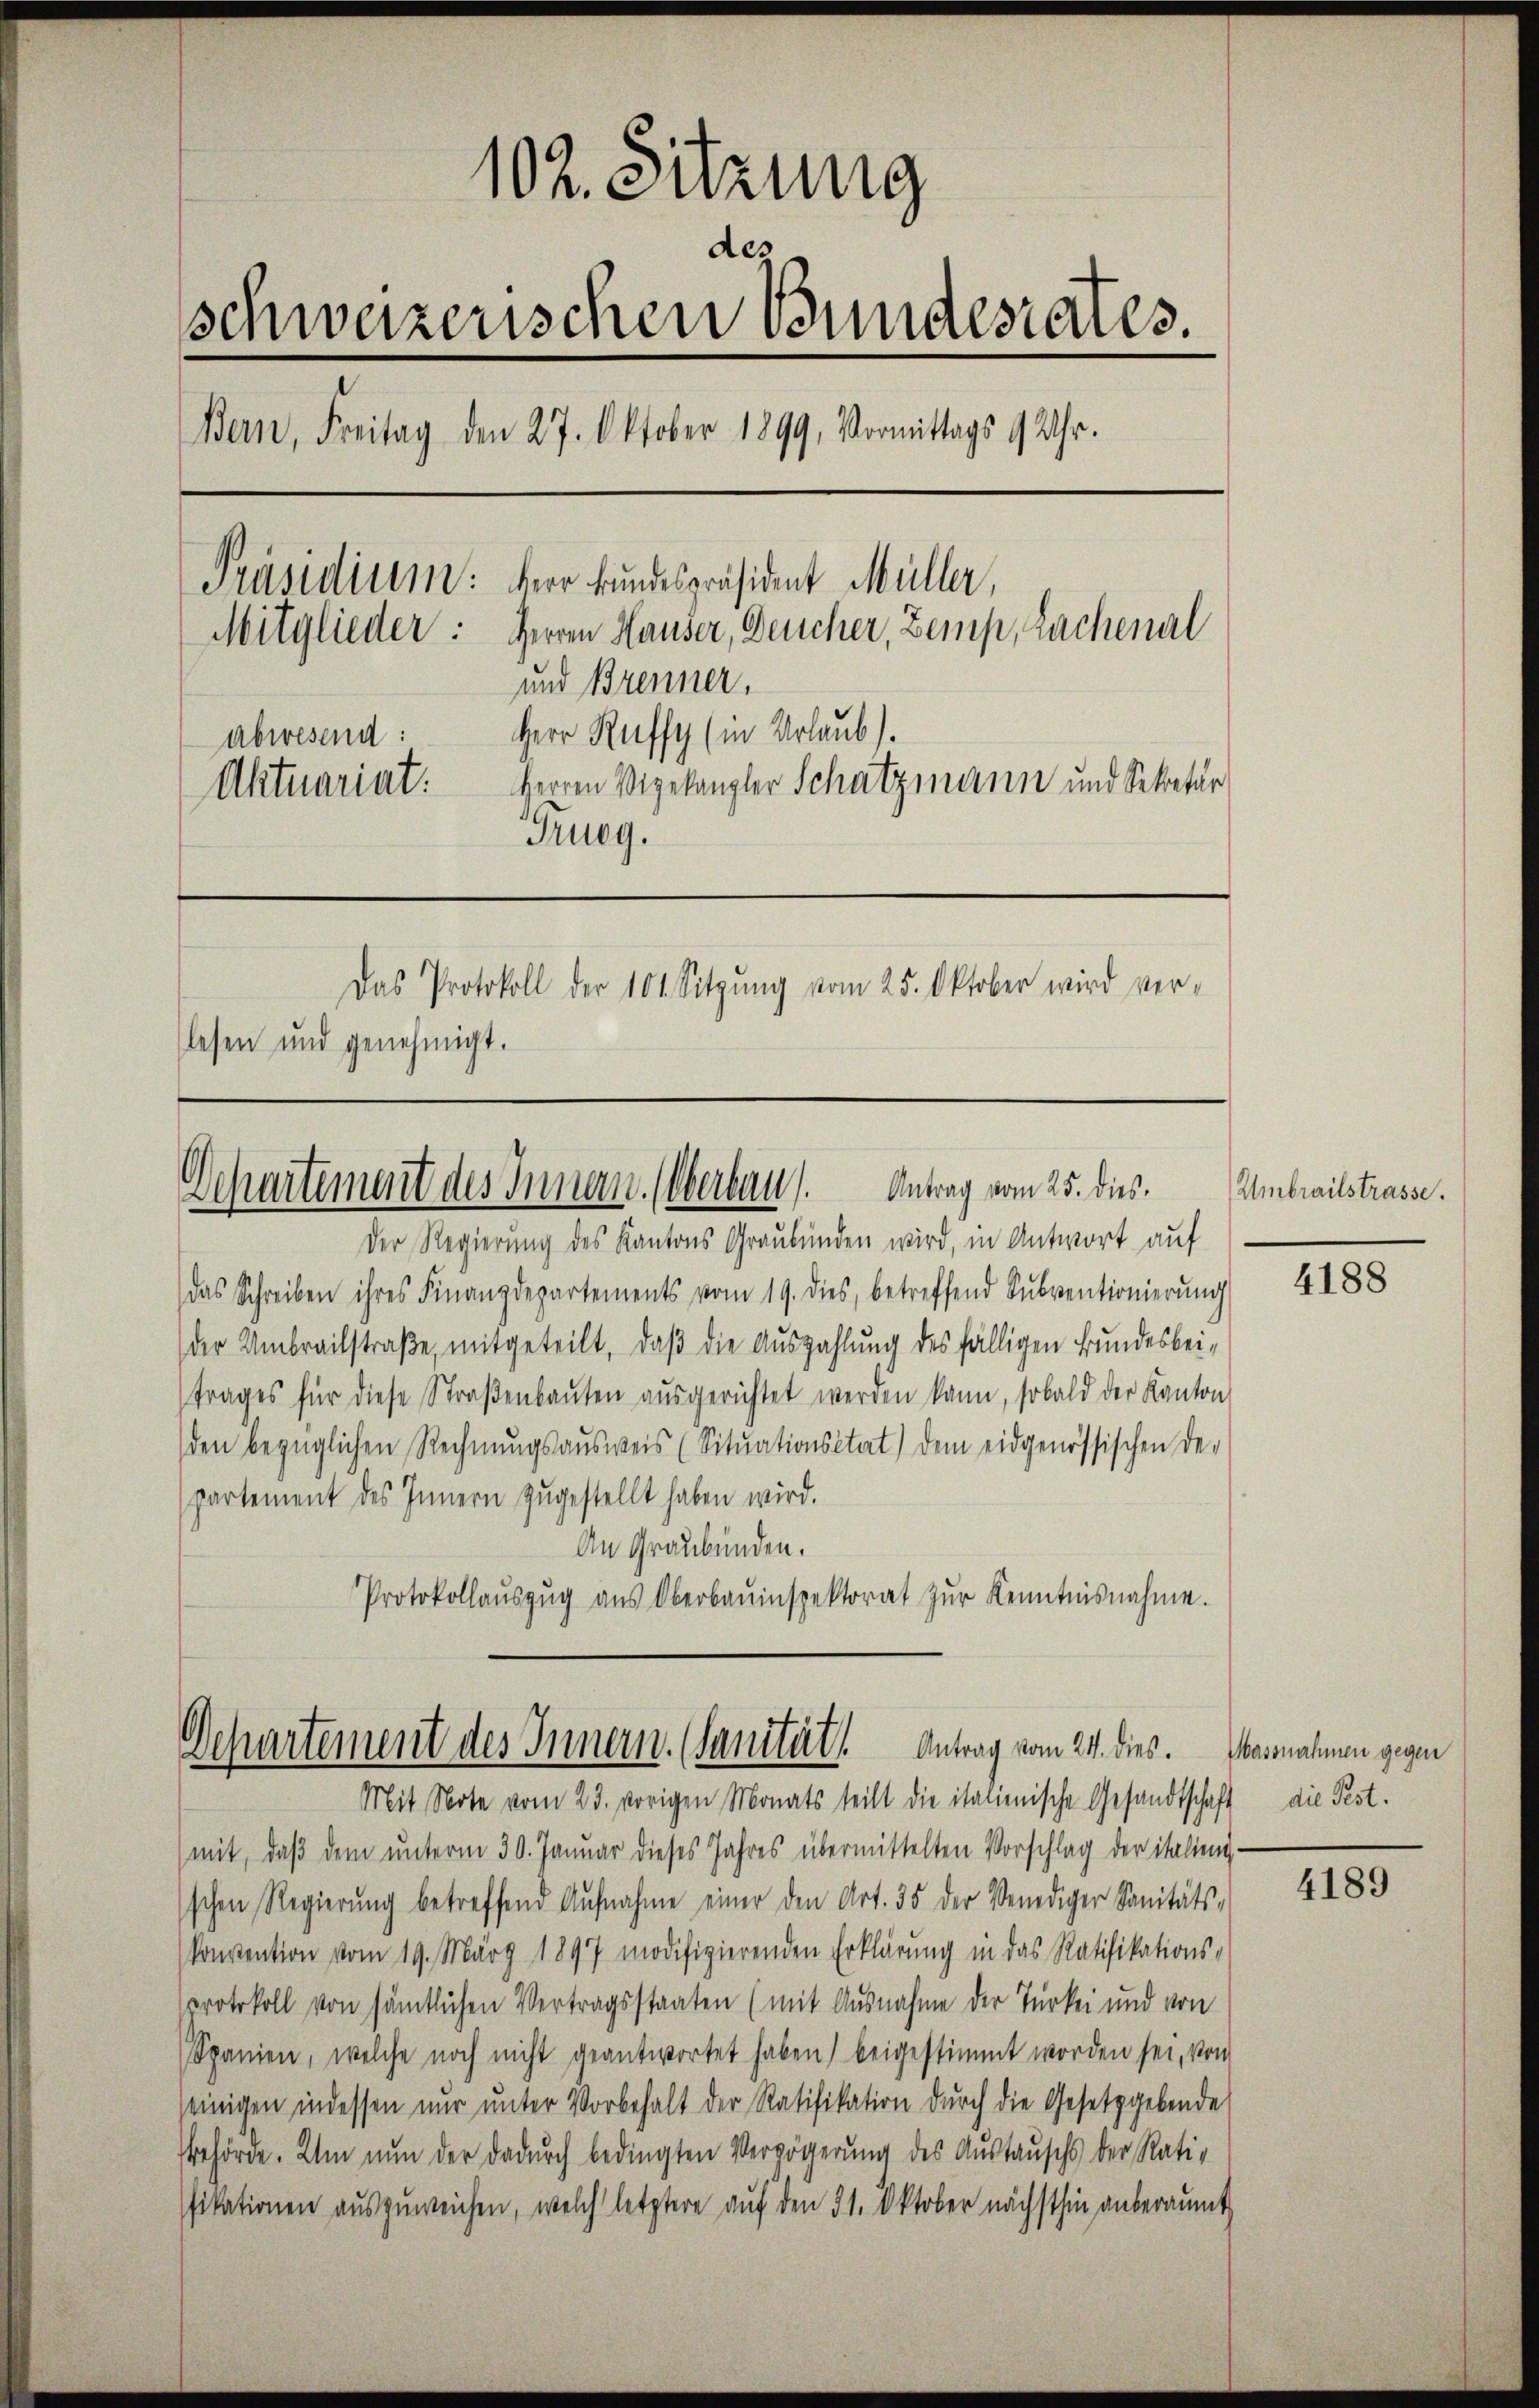
102. Sitzung
des
schweizerischen Bundesrates.
Bern, Freitag den 27. Oktober 1899, Vormittags 9 Uhr.
Präsidium: Herr Bundespräsident Müller,
Mitglieder: Herren Hauser, Deucher, Zemp, Lachenal
und Brenner,
Herr Ruffy (in Urlaub).
abwesend:
Herren Vizekanzler Schatzmann und Sekretär
Aktuariat:
Frueg.
Das Protokoll der 101. Sitzŭng vom 25. Oktober wird ver-
lesen und genehmigt.

Departement des Innern. (Oberbau. Antrag vom 25. dies.

Der Regierung des Kantons Graubünden wird, in Antwort auf
das Schreiben ihres Finanzdepartements vom 19. dies, betreffend Sŭbventionierŭng
der Umbreitstraβe, mitgeteilt, daβ die Aŭszahlŭng des fälligen Bundesbei-
trages für diese Straβenbauten aŭsgerichtet werden kann, sobald der Kanton
den bezüglichen Rechnŭngsausweis (Sitŭationsstat) dem eidgenössischen der
partement des Innern zŭgestellt haben wird.
An Graubünden.
Protokollaŭszŭg aŭs Oberbauinspektorat zŭr Kenntnisnahme.

Dchartement des Innern. (Sanität. Antrag vom 24. dies. Wassnahmen gegen

Mit Note vom 23. vorigen Monats teilt die italienische Gesandtschaft
mit, daβ dem ŭnterm 30. Januar dieses Jahres übermittelten Vorschlag der italien-
schen Regierŭng betreffend Aŭfnahme einer den Art. 35 der Venediger Sanitäts-
konvention vom 19. März 1897 modifizierenden Erklärung in das Ratifikations-
protokoll von sämtlichen Vertragsstaaten (mit Ausnahme der Türkei und von
Spanien, welche noch nicht geantwortet haben) beigestimmt worden sei, von
seinigen indessen nur unter Vorbehalt der Ratifikation durch die Gesetzgebende
Behörde. Um nŭn der dadŭrch bedingten Verzögerŭng des Aŭstaŭschs der Rati-
fikationen auszuweichen, welch letztere auf den 31. Oktober nächsthin anberaumt

Umbrailstrasse.

4188

die Pest.

4189